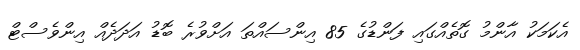
އެކަމަކު އާންމު ގޮތެއްގައި ފަންޑުގެ 85 އިންސައްތަ އަށްވުރެ ބޮޑު އަދަދެއް އިންވެސްޓް